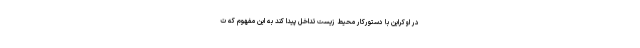
در اوکراین با دستورکار محیط زیست تداخل پیدا کند به این مفهوم که ت